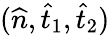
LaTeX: (\widehat{n},\widehat{t}_{1},\widehat{t}_{2})